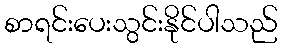
စာရင်းပေးသွင်းနိုင်ပါသည်